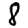
Digit: 8